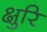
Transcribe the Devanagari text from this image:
क्षुरि